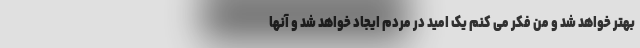
بهتر خواهد شد و من فکر می کنم یک امید در مردم ایجاد خواهد شد و آنها